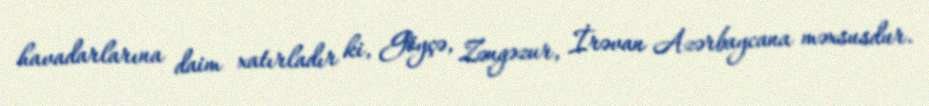
havadarlarına daim xatırladır ki, Göyçə, Zəngəzur, İrəvan Azərbaycana məxsusdur.